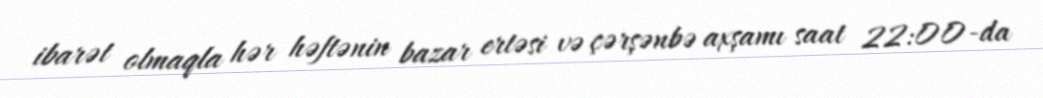
ibarət olmaqla hər həftənin bazar ertəsi və çərşənbə axşamı saat 22:00-da